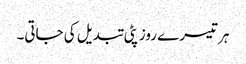
ہر تیسرے روز پٹی تبدیل کی جاتی۔